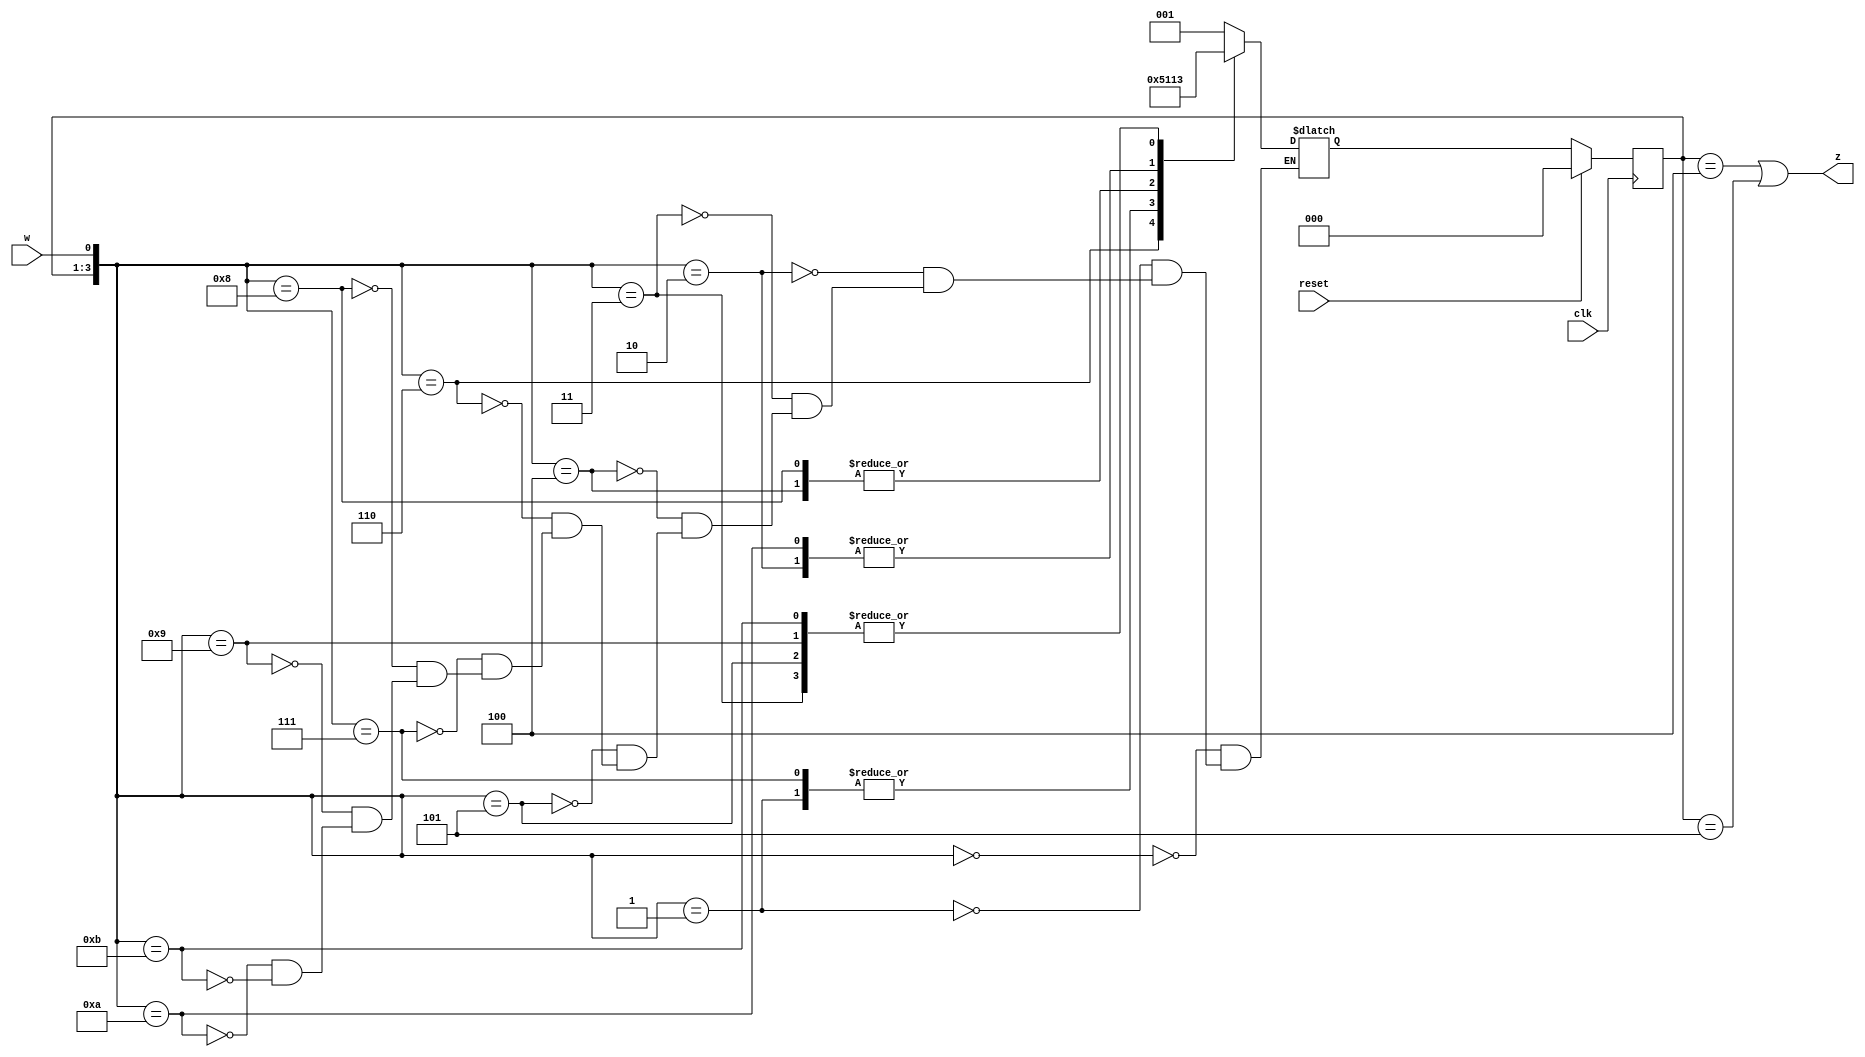
// This program was cloned from: https://github.com/Yvan-xy/verilog-doc
// License: GNU General Public License v2.0

module top_module (
    input clk,
    input reset,     // synchronous reset
    input w,
    output z);

    parameter a=3'b000, b=3'b001, c=3'b010, d=3'b011, e=3'b100, f=3'b101;
    reg	[2:0] state, next_state;
    
    always@(*) begin
        case({state, w})
            {a, 1'b0}:	next_state = b;
            {a, 1'b1}:	next_state = a;
            {b, 1'b0}:	next_state = c;
            {b, 1'b1}:	next_state = d;
            {c, 1'b0}:	next_state = e;
            {c, 1'b1}:	next_state = d;
            {d, 1'b0}:	next_state = f;
            {d, 1'b1}:	next_state = a;
            {e, 1'b0}:	next_state = e;
            {e, 1'b1}:	next_state = d;
            {f, 1'b0}:	next_state = c;
            {f, 1'b1}:	next_state = d;
        endcase
    end
    
    always@(posedge clk) begin
        if(reset)
            state <= a;
        else
            state <= next_state;
    end
    
    assign z = (state == e || state == f);
    
endmodule